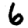
Digit: 6